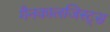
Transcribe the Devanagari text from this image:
गैनकालजिस्ट्स